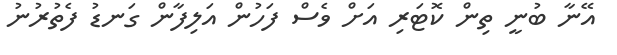
އޭނާ ބުނީ ތިން ކޮޓަރި އަށް ވެސް ފަހުން އަލިފާން ގަނޑު ފެތުރުނު